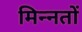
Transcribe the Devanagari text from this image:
मिन्नतों